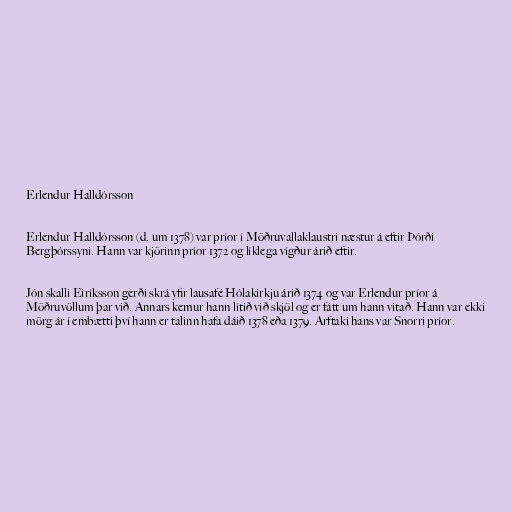
Erlendur Halldórsson

Erlendur Halldórsson (d. um 1378) var príor í Möðruvallaklaustri næstur á eftir Þórði
Bergþórssyni. Hann var kjörinn príor 1372 og líklega vígður árið eftir.

Jón skalli Eiríksson gerði skrá yfir lausafé Hólakirkju árið 1374 og var Erlendur príor á
Möðruvöllum þar við. Annars kemur hann lítið við skjöl og er fátt um hann vitað. Hann var ekki
mörg ár í embætti því hann er talinn hafa dáið 1378 eða 1379. Arftaki hans var Snorri príor.